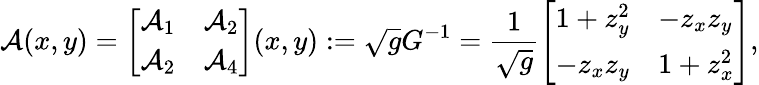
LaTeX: \mathcal{A}(x,y)=\left[\begin{array}{ll}{\mathcal{A}_{1}}&{\mathcal{A}_{2}}\\ {\mathcal{A}_{2}}&{\mathcal{A}_{4}}\end{array}\right](x,y):=\sqrt{g}G^{-1}=\frac{1}{\sqrt{g}}\left[\begin{array}{ll}{1+z_{y}^{2}}&{-z_{x}z_{y}}\\ {-z_{x}z_{y}}&{1+z_{x}^{2}}\end{array}\right],